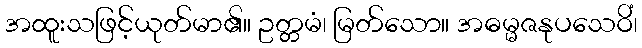
အထူးသဖြင့်ယုတ်မာ၏။ ဥတ္တမံ၊ မြတ်သော။ အဓမ္မဇနုပသေဝိံ၊